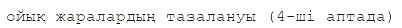
ойық жаралардың тазалануы (4-ші аптада)